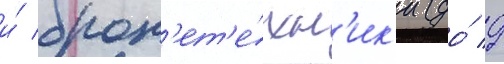
и́ брон'ет'е́хн'ик'и (до́ 9